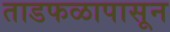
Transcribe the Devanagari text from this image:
ताडफळापासून